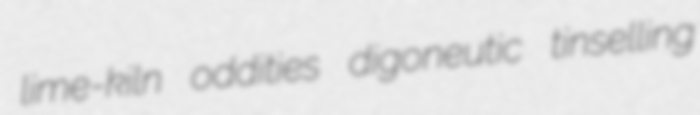
lime-kiln oddities digoneutic tinselling